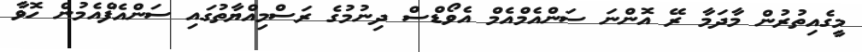
މީގެއިތުރުން މާދަމާ ރޭ އޮންނަ ސަންއެމްއެމް އެވޯޑްސް ދިނުމުގެ ރަސްމިއްޔާތުގައި ސަންއެފްއެމުން ހޮވާ